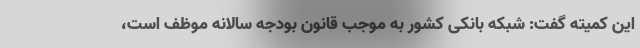
این کمیته گفت: شبکه بانکی کشور به موجب قانون بودجه سالانه موظف است،